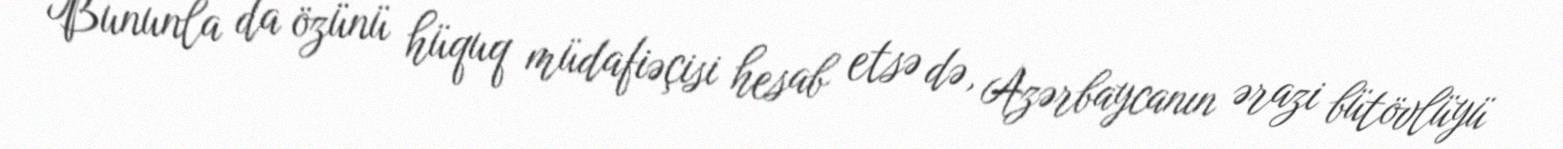
Bununla da özünü hüquq müdafiəçisi hesab etsə də, Azərbaycanın ərazi bütövlüyü